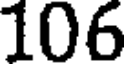
106